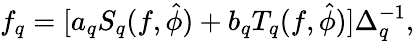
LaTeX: f_{q}=[a_{q}S_{q}(f,\hat{\phi})+b_{q}T_{q}(f,\hat{\phi})]\Delta_{q}^{-1},